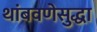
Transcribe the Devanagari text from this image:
थांबवणेसुद्धा